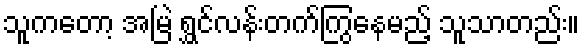
သူကတော့ အမြဲ ရွှင်လန်းတက်ကြွနေမည့် သူသာတည်း။